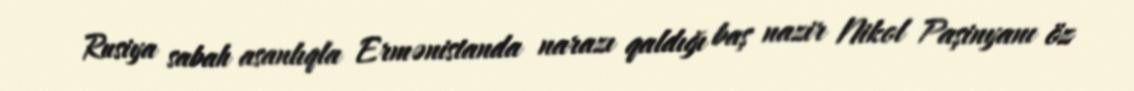
Rusiya sabah asanlıqla Ermənistanda narazı qaldığı baş nazir Nikol Paşinyanı öz